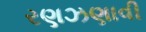
રણઝણાવી